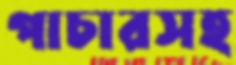
পাচারসহ